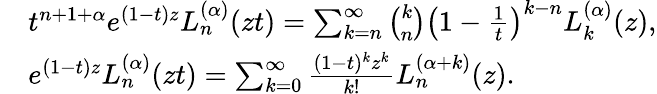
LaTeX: {\begin{array}{rl}&{t^{n+1+\alpha}e^{(1-t)z}L_{n}^{(\alpha)}(zt)=\sum_{k=n}^{\infty}{\binom{k}{n}}\left(1-{\frac{1}{t}}\right)^{k-n}L_{k}^{(\alpha)}(z),}\\ &{e^{(1-t)z}L_{n}^{(\alpha)}(zt)=\sum_{k=0}^{\infty}{\frac{(1-t)^{k}z^{k}}{k!}}L_{n}^{(\alpha+k)}(z).}\end{array}}